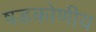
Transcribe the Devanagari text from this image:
षडकोणीय